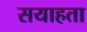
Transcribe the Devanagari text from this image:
सयाहता